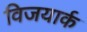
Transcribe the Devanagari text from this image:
विजयार्क